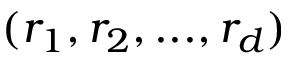
( r _ { 1 } , r _ { 2 } , . . . , r _ { d } )